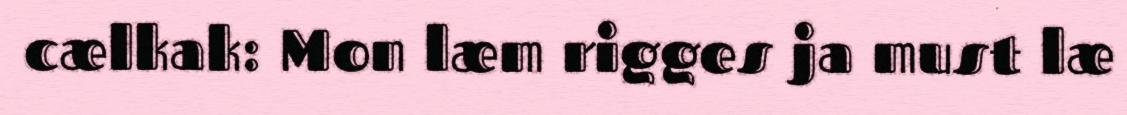
cælkak: Mon læm rigges ja must læ